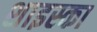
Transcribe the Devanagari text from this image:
शाइस्का